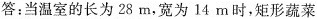
答：当温室的长为28m，宽为14m时，矩形蔬菜